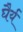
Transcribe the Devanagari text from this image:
घैर्य